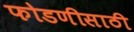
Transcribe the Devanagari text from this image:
फोडणीसाठी